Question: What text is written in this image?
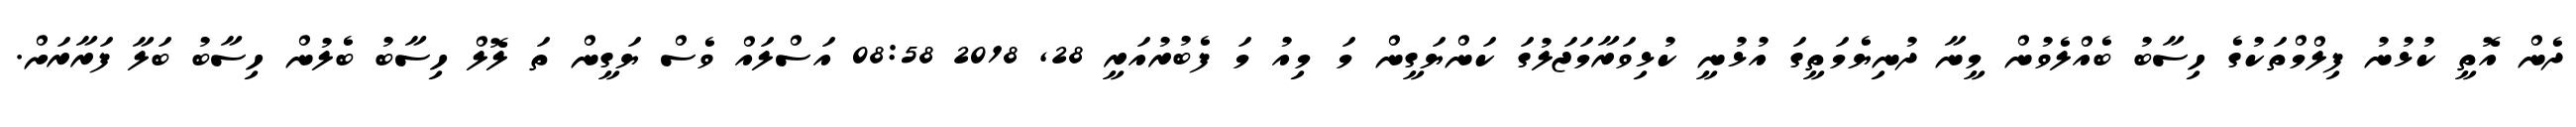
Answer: ދެން އޮތީ ކުޅުނު ފިލްމްތަކުގެ ހިސާބު ބެއްލެވުން މީނާ ދުނިޔެމަތީގަ އުޅުނީ ކުޅިވަރާމަޖަލުގަ ކަންޔަގީން މަ މިއު މަ ފެބުރުއަރީ 28, 2018 08:58 އަސްލައް ވެސް ޔަގީން ތަ ލޮލް ހިސާބު ބެލުން ހިސާބު ބަލާ ފަރާރަށް.